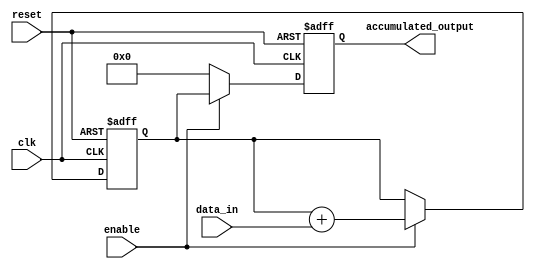
module parallel_accumulator(
    input wire clk,
    input wire reset,
    input wire enable,
    input wire [7:0] data_in,
    output wire [15:0] accumulated_output
);

reg [15:0] accumulator_value;
reg [15:0] result;
reg [15:0] next_accumulator_value;

always @(posedge clk or posedge reset) begin
    if(reset) begin
        accumulator_value <= 16'b0;
        result <= 16'b0;
    end
    else begin
        if(enable) begin
            next_accumulator_value = accumulator_value + data_in;
            result = accumulator_value;
        end
        else begin
            next_accumulator_value = accumulator_value;
            result = 16'b0;
        end
        accumulator_value <= next_accumulator_value;
    end
end

assign accumulated_output = result;

endmodule